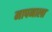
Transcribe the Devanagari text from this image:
मापनाला